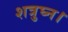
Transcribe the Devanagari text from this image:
शत्रुघ्न।